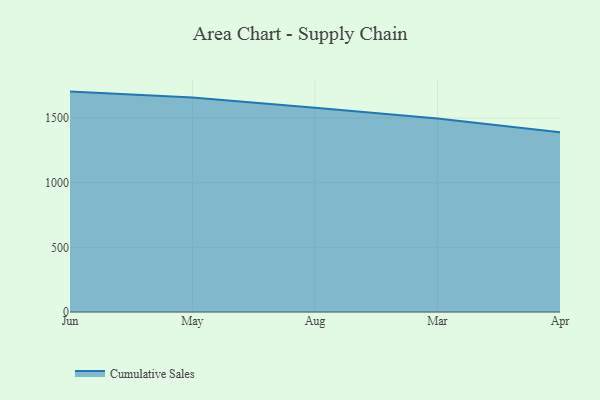
{"axis": {"x": "Month", "y": "Population (Million)"}, "legend": ["Cumulative Sales"], "data": [{"x": "Jun", "y": 1704.0, "type": "Cumulative Sales"}, {"x": "May", "y": 1659.1, "type": "Cumulative Sales"}, {"x": "Aug", "y": 1579.2, "type": "Cumulative Sales"}, {"x": "Mar", "y": 1496.3, "type": "Cumulative Sales"}, {"x": "Apr", "y": 1389.9, "type": "Cumulative Sales"}]}